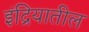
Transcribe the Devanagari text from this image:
इंद्रियातील